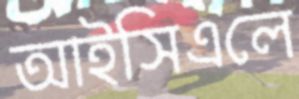
আইসিএলে